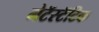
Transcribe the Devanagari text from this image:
मेटॅस्टॅटिक